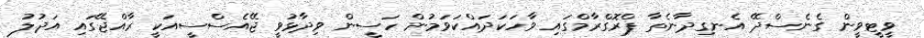
ވީޓީވީން ގެނެސްދޭ އެނގިދާނެތާ ޕްރޮގްރާމްގައި ވާހަކަދައްކަވަމުން ހަސީން ވިދާޅުވީ ޖޭއެސްސީއަކީ ރާއްޖޭގައި އަދުލު